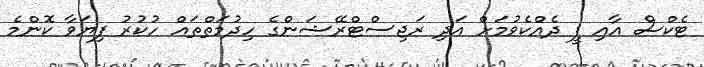
ޓެކްސް އާއި ފީ ދެއްކެވުމަށް އަދި ރަޖިސްޓްރޭޝަންގެ ހިދުމަތްތައް ހުކުރު ފިޔަވާ ކޮންމެ